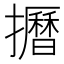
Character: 𱡌